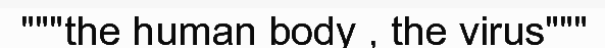
"""the human body , the virus"""